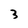
Character: 3